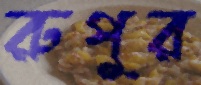
রুপুর